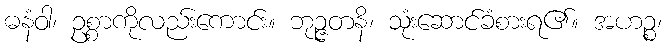
ဓနံဝါ၊ ဥစ္စာကိုလည်းကောင်း။ ဘုဉ္ဇတနိ၊ သုံးဆောင်ခံစားရ၏။ အဟဉ္စ၊